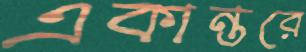
একান্তরে